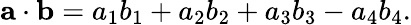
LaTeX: \mathbf{a}\cdot\mathbf{b}=a_{1}b_{1}+a_{2}b_{2}+a_{3}b_{3}-a_{4}b_{4}.